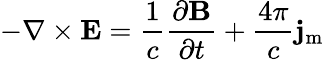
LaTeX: -\nabla\times\mathbf{E}={\frac{1}{c}}{\frac{\partial\mathbf{B}}{\partial t}}+{\frac{4\pi}{c}}\mathbf{j}_{\mathrm{m}}